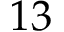
1 3